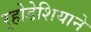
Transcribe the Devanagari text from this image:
र्‍होडेशियाने